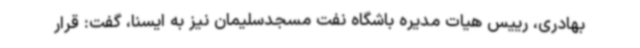
بهادری، رییس هیات مدیره باشگاه نفت مسجدسلیمان نیز به ایسنا، گفت: قرار